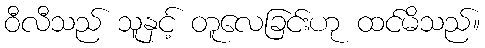
ဝီလီသည် သူနှင့် တူလေခြင်းဟု ထင်မိသည်။